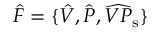
\hat { F } = \lbrace \hat { V } , \hat { P } , \widehat { V P } _ { \mathrm { s } } \rbrace